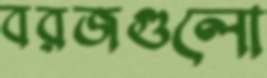
বরজগুলো